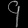
Digit: ၄